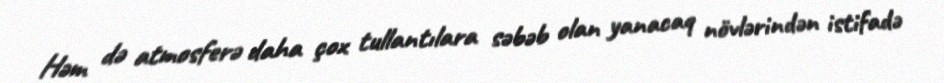
Həm də atmosferə daha çox tullantılara səbəb olan yanacaq növlərindən istifadə